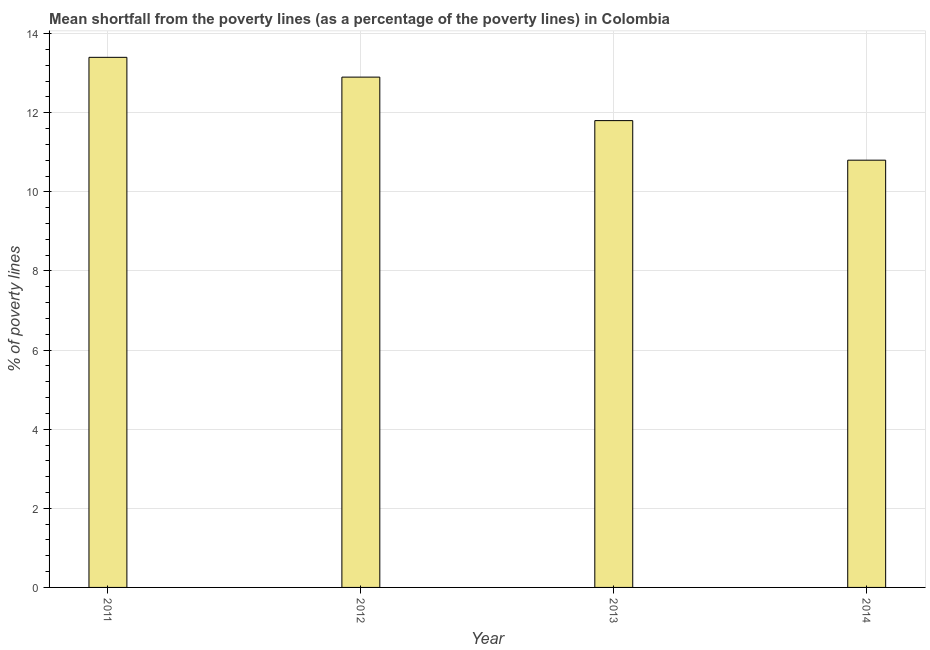
| Year | Poverty gap at national poverty lines |
 | --- | --- |
 | 2011 | 13.4 |
 | 2012 | 12.9 |
 | 2013 | 11.8 |
 | 2014 | 10.8 |